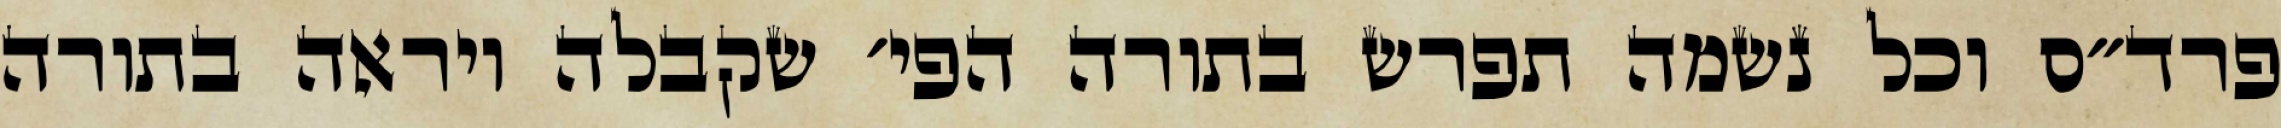
פרד״ס וכל נשמה תפרש בתורה הפי׳ שקבלה ויראה בתורה